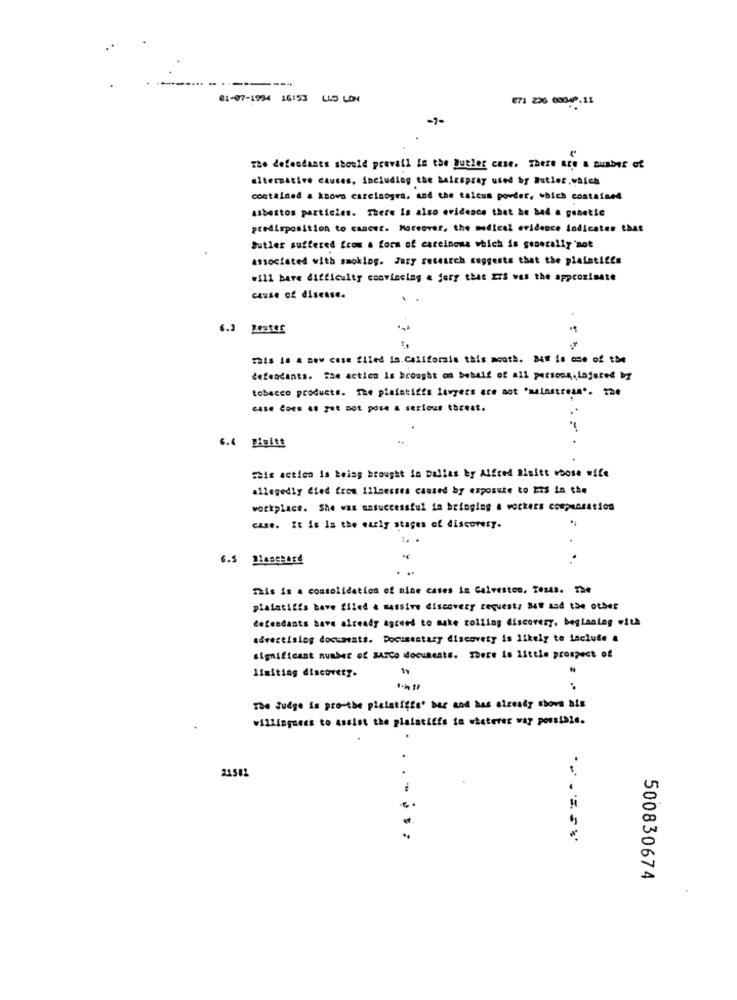
81-07-1994 16153 LED LON
E71 226 00049.11
The defendants should prevail in the Jutles case. There are a number of
alternative causes, including the balzspray used by Butler, which
contained a ksovo carcinogra, and the talcum powder, which contained
asbestos particles. There is also evidence that he bad a genetic
predisposition to cancer. Moreover, the medical evidence indicates that
Butler suffered from a form of carcinoma which is generally not
associated with smoking. Jory research suggests that the plaintiffs
will have difficulty convincing & jery that ITS was the approximate
cause of disease.
6.3 209:45
This is a new case filed in California this month. Bir is one of the
defendants. The action is brought on behalf of all persons,injured by
tobacco products. The plaintiffs lawyers are not 'mainstream". The
case Coes as put pot pose a serious threat.
-
6.4 Digitt
This action is being brought in Dallas by Alfred Bisitt whose wife
allegedly Cied from illnesses caused by exposure to 23s in the
workplace. She was unsuccessful in bringing & workers compensation
case. It is In the early stages of discovery.
6.5 Blanchard
-
This is a consolidation of nine cases in Galveston, Tests. The
plaintiffs bave filed a massive discovery request/ 34# and the other
defendants bave already agreed to make rolling discovery. baglanlag with
advertising documents. Documentary discovery is likely to Laclude a
significant number of MUCO documents. There is Little prospect of
limiting discovery.
The Judge is pro-the pielstiffs' bes and has already shove his
willingness to Assist the plaintiffs in wieterec way possible.
.
21582
500830674